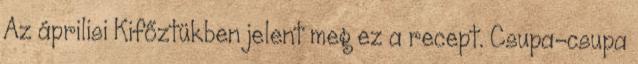
Az áprilisi Kifőztükben jelent meg ez a recept. Csupa-csupa